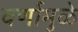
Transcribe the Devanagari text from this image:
वर्णामुळे